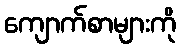
ကျောက်စာများကို